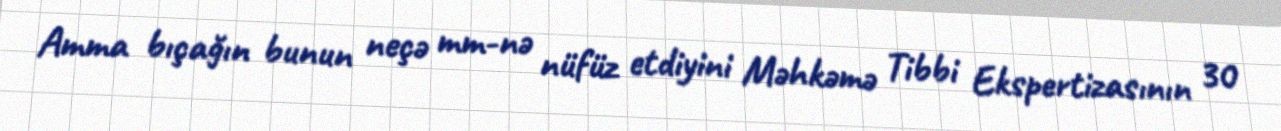
Amma bıçağın bunun neçə mm-nə nüfüz etdiyini Məhkəmə Tibbi Ekspertizasının 30